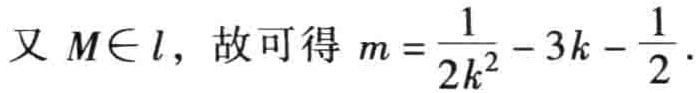
又 \(M\in l\)，故可得 \(m = \frac{1}{2k^{2}} - 3k - \frac{1}{2}\)。